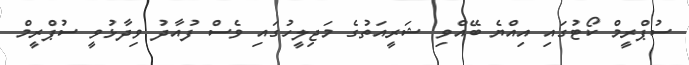
ސުޕްރީމް ކޯޓުގައި އިއްޔެ ބޭއްވި ޝަރީއަތުގެ މަޖިލީހުގައި ވެސް ފުއާދު ވިދާޅުވީ ސުޕްރީމް